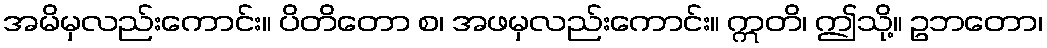
အမိမှလည်းကောင်း။ ပိတိတော စ၊ အဖမှလည်းကောင်း။ ဣတိ၊ ဤသို့။ ဥဘတော၊